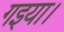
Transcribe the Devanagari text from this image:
गइया।